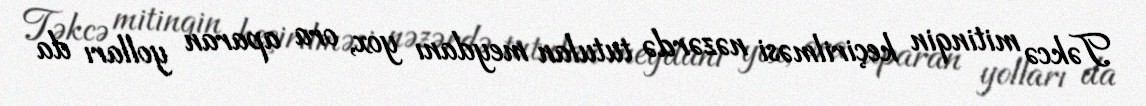
Təkcə mitinqin keçirilməsi nəzərdə tutulan meydanı yox, ora aparan yolları da